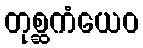
တုစ္ဆကံယေဝ